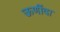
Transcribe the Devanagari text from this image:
ऊणींदा